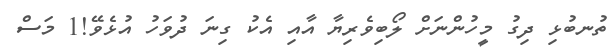
ތުނބުޅި ދިގު މީހުންނަށް ލޯބިވެރިޔާ އާއި އެކު ގިނަ ދުވަހު އުޅެވޭ!1 މަސް